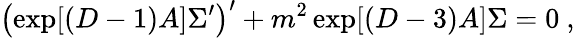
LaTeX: \left(\exp[(D-1)A]\Sigma^{\prime}\right)^{\prime}+m^{2}\exp[(D-3)A]\Sigma=0~,